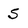
Character: 5